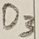
Text: D3